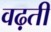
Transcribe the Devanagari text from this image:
वढ़ती